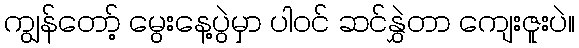
ကျွန်တော့် မွေးနေ့ပွဲမှာ ပါဝင် ဆင်နွှဲတာ ကျေးဇူးပဲ။